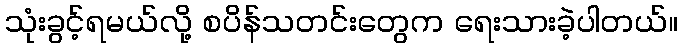
သုံးခွင့်ရမယ်လို့ စပိန်သတင်းတွေက ရေးသားခဲ့ပါတယ်။